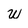
Character: w